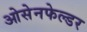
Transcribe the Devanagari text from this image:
ओसेनफेल्डर